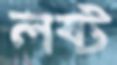
লষ্ট